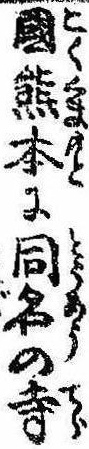
国熊本に同名の寺